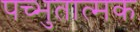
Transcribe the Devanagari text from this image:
पच्भुतात्मक